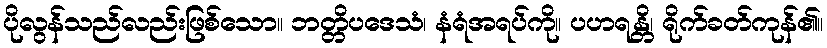
ပိုလွန်သည်လည်းဖြစ်သော။ ဘတ္တိပဒေသံ၊ နံရံအရပ်ကို။ ပဟရန္တိ၊ ရိုက်ခတ်ကုန်၏။